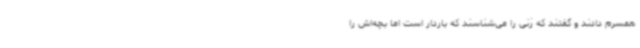
همسرم دادند و گفتند که زنی را می‌شناسند که باردار است اما بچه‌اش را